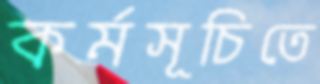
কর্মসূচিতে